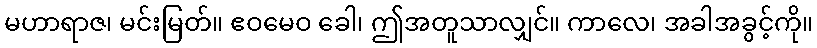
မဟာရာဇ၊ မင်းမြတ်။ ဧဝမေဝ ခေါ၊ ဤအတူသာလျှင်။ ကာလေ၊ အခါအခွင့်ကို။